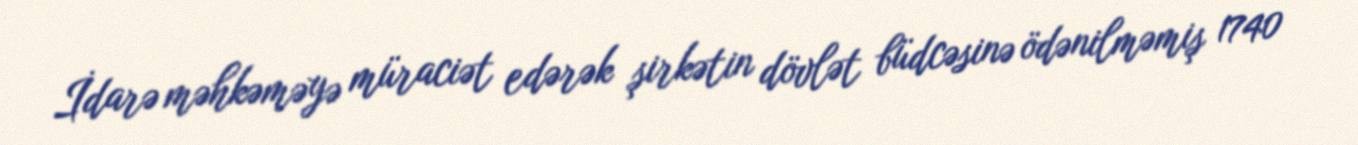
İdarə məhkəməyə müraciət edərək şirkətin dövlət büdcəsinə ödənilməmiş 1740